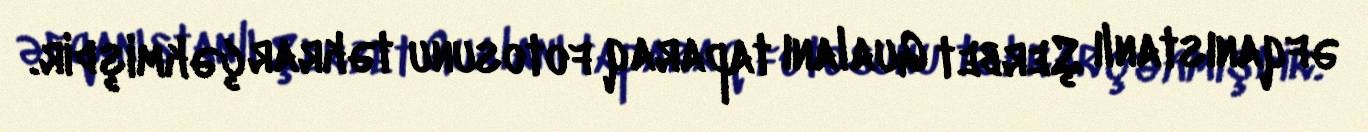
əfqanıstanlı Şerbet Gualanı taparaq fotosunu təkrar çəkmişdir.